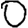
Digit: 0